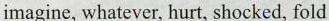
imagine, whatever, hurt, shocked, fold